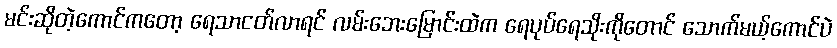
မင်းဆိုတဲ့ကောင်ကတော့ ရေသာငတ်လာရင် လမ်းဘေးမြောင်းထဲက ရေပုပ်ရေသိုးကိုတောင် သောက်မယ့်ကောင်ပဲ